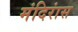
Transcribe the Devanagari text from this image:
मंदिरांस